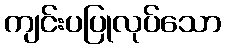
ကျင်းပပြုလုပ်သော